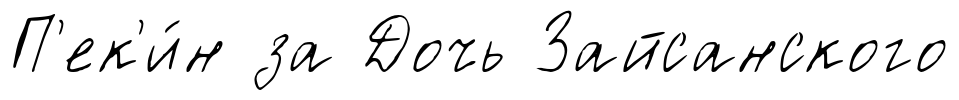
П'ек'и́н за Дочь Зайсанского